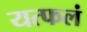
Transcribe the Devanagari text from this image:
यत्फलं